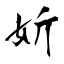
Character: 妡